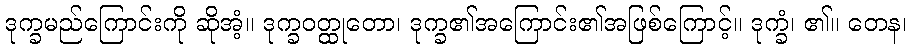
ဒုက္ခမည်ကြောင်းကို ဆိုအံ့။ ဒုက္ခဝတ္ထုတော၊ ဒုက္ခ၏အကြောင်း၏အဖြစ်ကြောင့်။ ဒုက္ခံ၊ ၏။ တေန၊